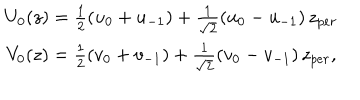
\begin{array} { c } { { U _ { 0 } ( z ) = \frac 1 2 ( u _ { 0 } + u _ { - 1 } ) + \frac 1 { \sqrt { 2 } } ( u _ { 0 } - u _ { - 1 } ) \, z _ { p e r } } } \\ { { V _ { 0 } ( z ) = \frac 1 2 ( v _ { 0 } + v _ { - 1 } ) + \frac 1 { \sqrt { 2 } } ( v _ { 0 } - v _ { - 1 } ) \, z _ { p e r } , } } \\ \end{array}